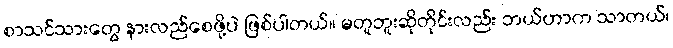
စာသင်သားတွေ နားလည်စေဖို့ပဲ ဖြစ်ပါတယ်။ မတူဘူးဆိုတိုင်းလည်း ဘယ်ဟာက သာတယ်၊